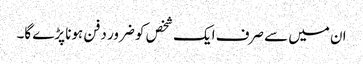
ان میں سے صرف ایک شخص کو ضرور دفن ہونا پڑے گا۔